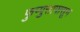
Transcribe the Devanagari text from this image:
फुप्पुसापासून